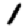
Digit: 1